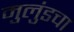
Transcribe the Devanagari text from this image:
मुलुंडचा